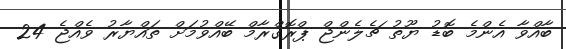
ބާއްވާ އެންމެ ބޮޑު ޔޫތު ޗެލެންޖް ޕްރޮގްރާމް ބޭއްވުމަށް ތައްޔާރު ވެއްޖެ 24